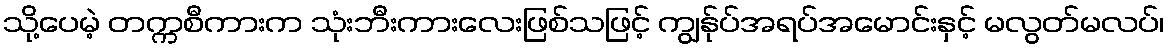
သို့ပေမဲ့ တက္ကစီကားက သုံးဘီးကားလေးဖြစ်သဖြင့် ကျွန်ုပ်အရပ်အမောင်းနှင့် မလွတ်မလပ်၊